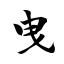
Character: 曳